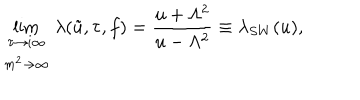
\lim _ { \begin{array} { c } { { \tau \rightarrow i \infty } } \\ { { m ^ { 2 } \rightarrow \infty } } \\ \end{array} } \lambda ( \tilde { u } , \tau , f ) = \frac { u + \Lambda ^ { 2 } } { u - \Lambda ^ { 2 } } \equiv \lambda _ { S W } ( u ) ,